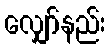
လျှော်နည်း